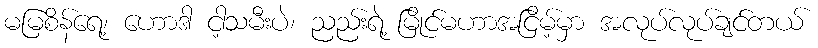
မမြစိန်ရေ့၊ ဟောဒါ ငါ့သမီးပဲ၊ ညည်းရဲ့ မြိုင်မဟာအငြိမ့်မှာ အလုပ်လုပ်ချင်တယ်